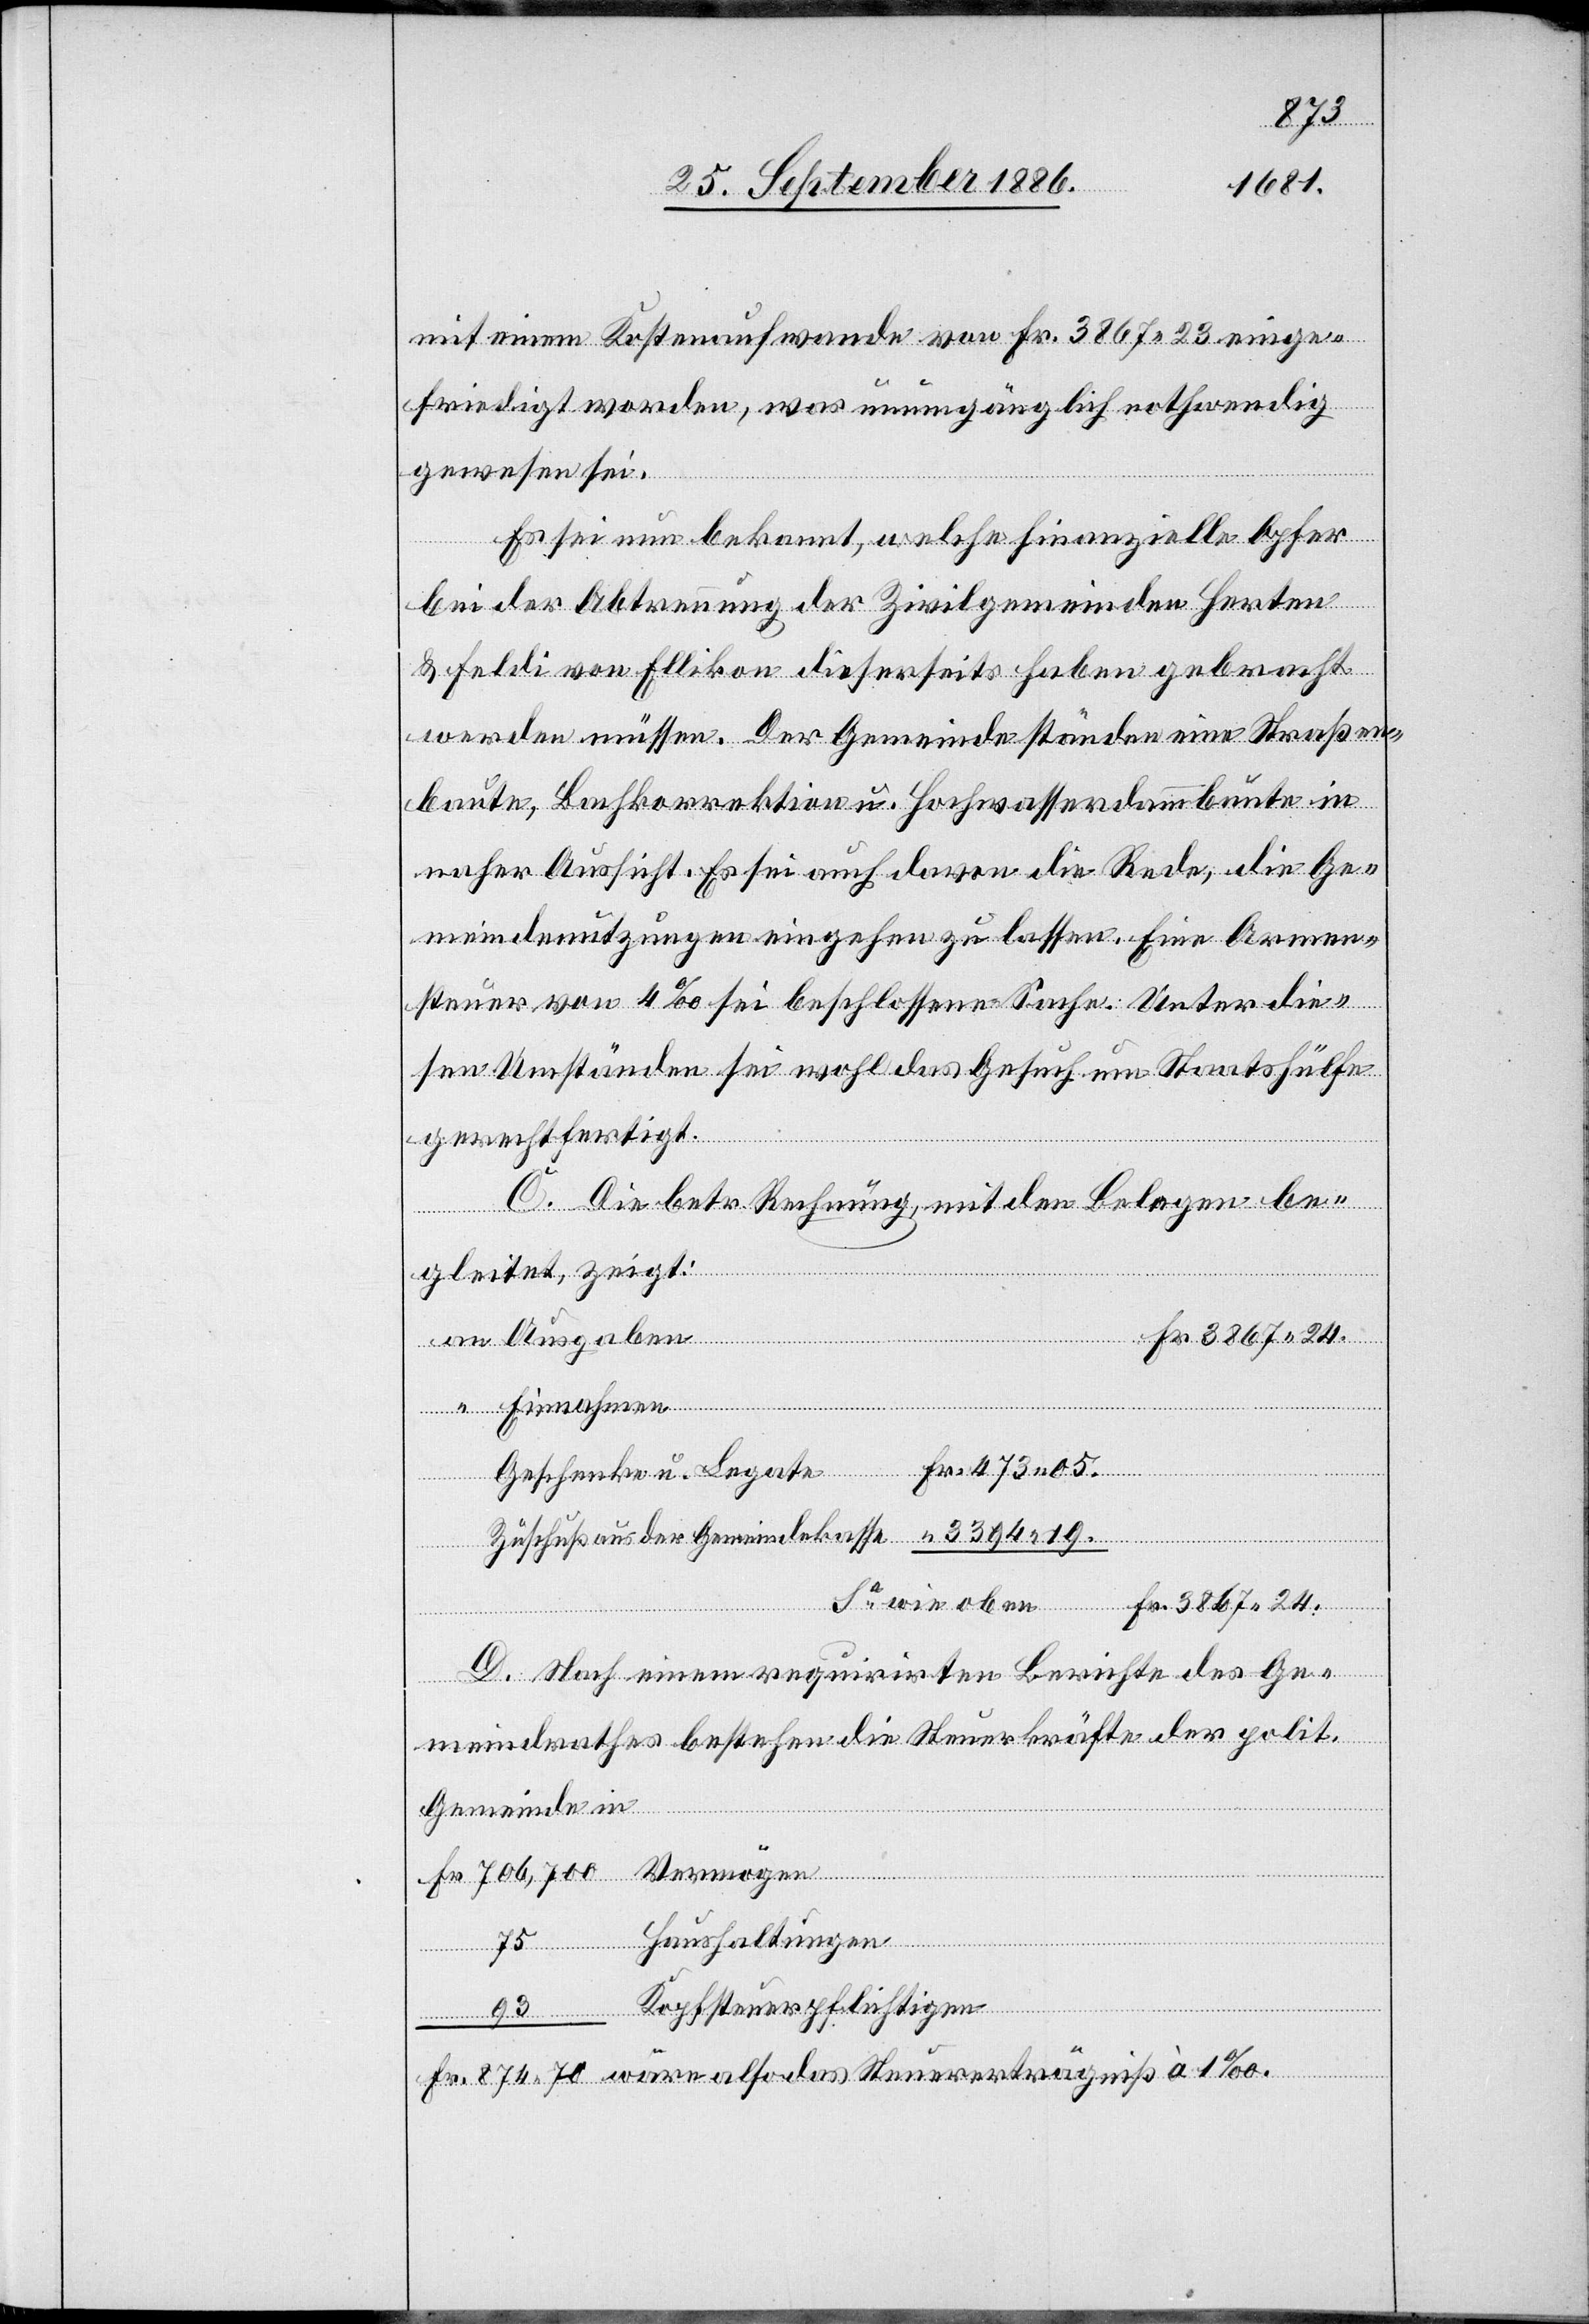
874
mit einem Kostenaufwande von Fr. 3867 23 einge¬
friedigt worden, was unumgänglich nothwendig
gewesen sei.
Es sei nun bekannt, welche finanzielle Opfer
bei der Abtrennung der Zivilgemeinden Herten
& Feldi von Ellikon dieserseits haben gebracht
werden müssen. Der Gemeinde ständen eine Straßen¬
baute, Bachkorrektion u. Hochwasserdammbaute in
naher Aussicht. Es sei auch davon die Rede, die Ge¬
meindenutzungen eingehen zu lassen. Eine Armen¬
steuer von 4‰ sei beschlossene Sache. Unter die¬
sen Umständen sei wohl das Gesuch um Staatshülfe
gerechtfertigt.
das
C. Die betr. Rechnung, mit den Belegen be¬
gleitet, zeigt:
Ausgaben
Geschenke u. Legate
Steuererträgniß
Zuschuß aus der Gemeindekasse
D. Nach einem requirirten Berichte des Ge¬
meindrathes bestehen die Steuerkräfte der polit.
Gemeinde in
Haushaltungen
75
Kopfsteuerpflichtigen

an